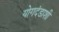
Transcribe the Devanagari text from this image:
योगदंडाशी